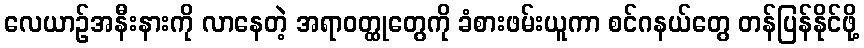
လေယာဉ်အနီးနားကို လာနေတဲ့ အရာဝတ္ထုတွေကို ခံစားဖမ်းယူကာ စင်ဂနယ်တွေ တန်ပြန်နိုင်ဖို့